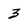
Character: 3